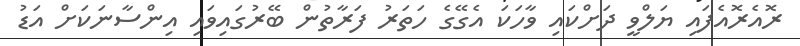
ރޮއެރޮއެފައި ޔަލްވީ ދަށްކައި ވާހަކަ އެގޭގެ ހަތަރު ފަރާތުން ބޭރުގައިވައި އިންސާނަކަށް އަޑު